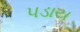
પડાય